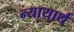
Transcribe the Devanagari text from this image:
न्यायार्थ